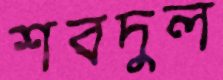
শবদুল